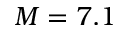
M = 7 . 1